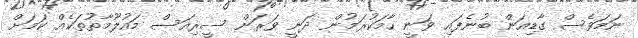
ނަމަވެސް ގާޑިއަން ބުނެފައި ވަނީ ހާމަކުރަމުން ދަނީ ވަރަށް ސީރިއަސް މައުލޫމާތުތަކެއް ކަމަށް